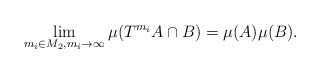
\begin{align*}\lim_{m_i\in M_2, m_i \to \infty} \mu (T^{m_i} A\cap B) = \mu (A)\mu (B) . \end{align*}